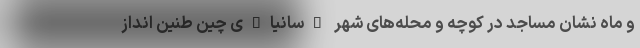
و ماه نشان مساجد در کوچه‌ و محله‌های شهر "سانیا"ی چین طنین انداز